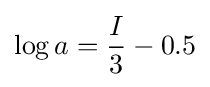
\log a={\frac {I}{3}}-0.5